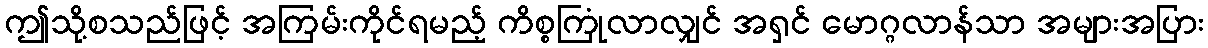
ဤသို့စသည်ဖြင့် အကြမ်းကိုင်ရမည့် ကိစ္စကြုံလာလျှင် အရှင် မောဂ္ဂလာန်သာ အများအပြား